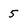
Character: 5